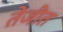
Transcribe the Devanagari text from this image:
तेजीत